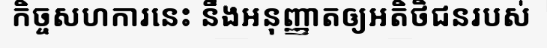
កិច្ចសហការនេះ នឹងអនុញ្ញាតឲ្យអតិថិជនរបស់